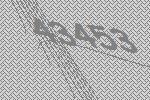
43453